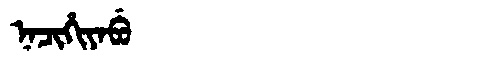
Manchu: ᠨᠠᠴᡳᡥᡳᠶᠠᠪᡠ
Romanization: NACIHIYABU